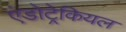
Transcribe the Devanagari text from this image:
एंडोट्रेकियल